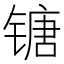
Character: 𰾯